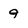
Character: 9